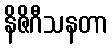
နိဇိဂီသနတာ